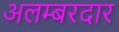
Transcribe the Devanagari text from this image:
अलम्बरदार